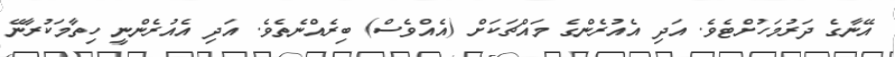
އޭނާގެ ދަރުމަހުށްޓެވެ. އަދި އެއުރެންގެ މައްޗަކަށް (އެއްވެސް) ބިރެއްނެތެވެ. އަދި އެއުރެންނީ ހިތާމަކުރާނޭ